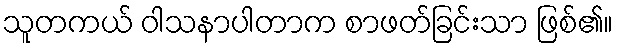
သူတကယ် ဝါသနာပါတာက စာဖတ်ခြင်းသာ ဖြစ်၏။